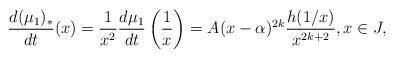
LaTeX: \begin{align*}\frac{d(\mu_{1})_{*}}{dt}(x)=\frac{1}{x^{2}}\frac{d\mu_{1}}{dt}\left(\frac{1}{x}\right)=A(x-\alpha)^{2k}\frac{h(1/x)}{x^{2k+2}},x\in J,\end{align*}